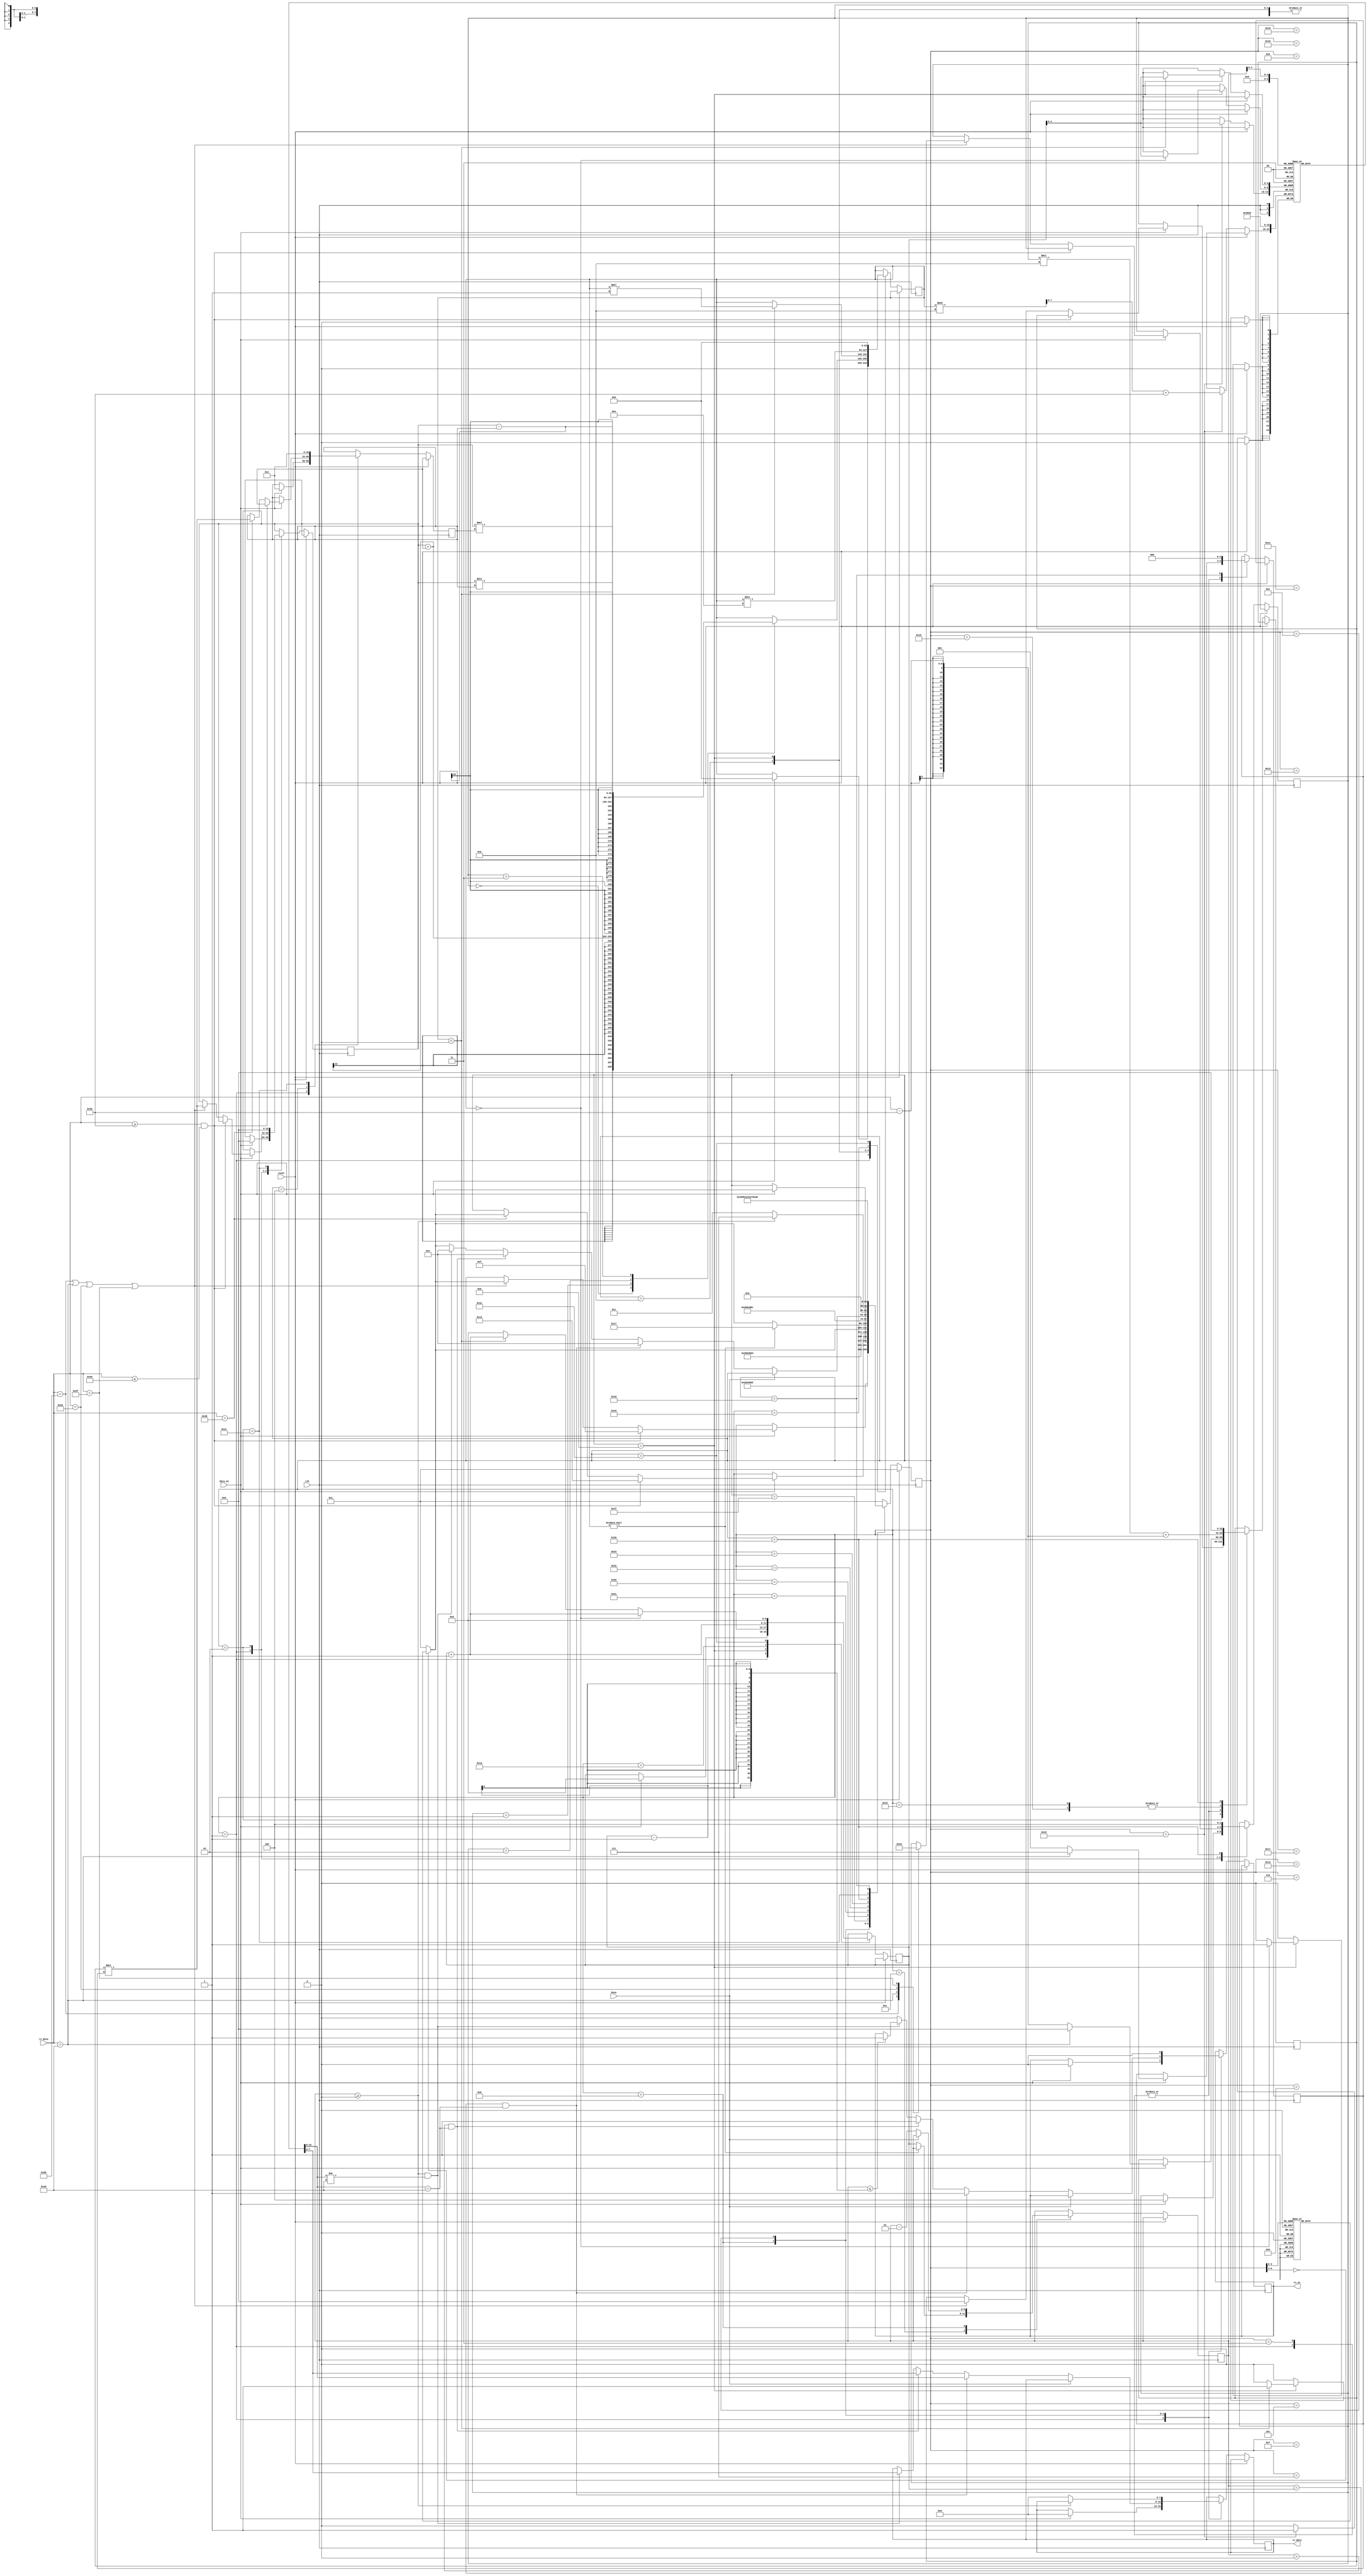
module calculator(
	input wire clk,
	input wire reset,
	input data_en,
	input busy,
	input wire[7:0] rx_data,//
	output reg[7:0] tx_data,//
	output reg tx_en//
);

reg signed[32:0]operator1,operator2;//
reg [2:0]operation;//00-01-10-11-
reg signed[63:0]result;
reg signed[32:0] temp_operator;//
reg signed [2:0] sign;//

reg [7:0] ascii_buffer[0:21];//ASCII
reg [5:0] buffer_len;//
reg signed [5:0] send_index;//
reg [3:0] i;


localparam CHECK_SIGN1 = 1,READ_OP1 = 2,CHECK_SIGN2 = 3,READ_OP2 = 4,
			  EMPTY1 = 5,EMPTY2 = 6,EMPTY3 = 7,EMPTY4 = 8,EMPTY5 = 9,
			  CALC = 10,CONVERT_RESULT1 = 11,CONVERT_RESULT2 = 12,
			  SEND_RESULT = 13,SEND_RESULT_WAIT = 14,
			  WAIT1 = 15,WAIT2 = 16,WAIT3 = 17,WAIT4 = 18,
			  WAIT5 = 19,WAIT6 = 20,WAIT7 = 21,WAIT8 = 22,
			  WAIT9 = 23,WAIT10 = 24,WAIT11 = 25,WAIT12 = 26,
			  WAIT13 = 27,WAIT14 = 28,WAIT15 = 29,WAIT16 = 30,
			  EMPTY6 = 31,EMPTY7 = 32,EMPTY8 = 33,EMPTY9 = 34,EMPTY10 = 35;
reg [6:0]state,next_state;//
initial begin
	i = 0;
	buffer_len = 0;
	send_index = 0;
	for (i = 0; i < 11; i = i + 1) begin
		ascii_buffer[i] = 0;
		ascii_buffer[i+10] = 0;
   end
	result = 0;
	sign = 0;
	
end

always @(*) begin
	case(state)
		CHECK_SIGN1:next_state <= READ_OP1;
		READ_OP1:next_state <= CHECK_SIGN2;
		CHECK_SIGN2:next_state <= READ_OP2;
		READ_OP2:next_state <= EMPTY1;
		EMPTY1:next_state <= EMPTY2;
		EMPTY2:next_state <= EMPTY3;
		EMPTY3:next_state <= EMPTY4;
		EMPTY4:next_state <= EMPTY5;
		EMPTY5:next_state <= CALC;
		CALC:next_state <= CONVERT_RESULT1;
		CONVERT_RESULT1:next_state <= CONVERT_RESULT2;
		CONVERT_RESULT2:next_state <= SEND_RESULT;
		SEND_RESULT:next_state <= SEND_RESULT_WAIT;
		default:next_state <= CHECK_SIGN1;//
	endcase
end
wire signed [63:0] r_add;
wire signed [63:0] r_min;
wire signed [63:0] r_mul;
wire signed [63:0] r_div;
wire signed [32:0] temp_mul_add;
wire signed [32:0] signed_temp;
wire signed [63:0] result_end;

assign r_add = operator1 + operator2;
assign r_min = operator1 - operator2;
assign r_mul = operator1 * operator2;
assign r_div = operator1 / operator2;
assign temp_mul_add  = (temp_operator * 10) + (rx_data - 8'h30);
assign signed_temp = temp_operator * sign;
assign result_end = (result % 10) + 8'h30;

always @(posedge clk)begin
	if (reset) begin
		state <= CHECK_SIGN1;//
		
	end else begin
		case(state)
			CHECK_SIGN1:begin//1
				if (data_en) begin
					if(rx_data == 8'h2D)begin
						sign <= -1;
						temp_operator <= 0;
					end 
					else begin
						sign <= 1;
						temp_operator <= rx_data - 8'h30;
					end
					state <= next_state;
					tx_data <= 0;
					tx_en <= 0;
					operator1 <= 0;
					operator2 <= 1;
					operation <= 4;
					result <= 0;
					i <= 0;
					buffer_len <= 0;
				end
			end
			READ_OP1:begin//2
				if(data_en) begin
					if(rx_data >= 8'h30 && rx_data <= 8'h39)begin
						state <= WAIT1;
					end else if(rx_data == 8'h2B || rx_data == 8'h2D || rx_data == 8'h2A || rx_data == 8'h2F)begin
						operator1 <= signed_temp;//
						case(rx_data)
							8'h2B:operation <= 2'b00;
							8'h2D:operation <= 2'b01;
							8'h2A:operation <= 2'b10;
							8'h2F:operation <= 2'b11;
						endcase//
						temp_operator <= 0;//
						state <= next_state;
					end
				end
			end
			WAIT1:begin//15
				state <= WAIT2;
			end
			WAIT2:begin//16
				temp_operator <= temp_mul_add;
				state <= WAIT3;
			end
			WAIT3:begin//17
				state <= WAIT4;
			end
			WAIT4:begin//18
				state <= READ_OP1;
			end
			CHECK_SIGN2:begin//3
				if(data_en) begin
					if(rx_data == 8'h2D)begin
						sign <= -1;
						temp_operator <= 0;
					end 
					else begin
						sign <= 1;
						temp_operator <= rx_data - 8'h30;
					end
					state <= next_state;
				end
			end
			READ_OP2:begin//4
				if(data_en) begin
					if(rx_data >= 8'h30 && rx_data <= 8'h39)begin
						state <= WAIT5;
					end else if(rx_data == 8'h3D) begin
						operator2 <= signed_temp;//
						state <= next_state;
					end
				end
			end
			WAIT5:begin//19
				state <= WAIT6;
			end
			WAIT6:begin//20
				temp_operator <= temp_mul_add;
				state <= WAIT7;
			end
			WAIT7:begin//21
				state <= WAIT8;
			end
			WAIT8:begin//22
				state <= READ_OP2;
			end
			
			
			EMPTY1:begin//5
				state <= next_state;
			end
			EMPTY2:begin//6
				state <= next_state;
			end
			EMPTY3:begin//7
				state <= next_state;
			end
			EMPTY4:begin//8
				state <= next_state;
			end
			EMPTY5:begin//9
				state <= next_state;
			end
			CALC:begin//10
					case(operation)
						2'b00:result <= r_add;
						2'b01:result <= r_min;
						2'b10:result <= r_mul;
						2'b11:result <= r_div;
					endcase
					state <= next_state;
			end
			CONVERT_RESULT1:begin//11
					buffer_len <= 0;
					if(result < 0) begin
						ascii_buffer[buffer_len] <= 8'h2D;
						result <= result * (-1);
						buffer_len <= buffer_len + 1;
					end//
					if (result == 0) begin
						ascii_buffer[buffer_len] <= 8'h30;
						buffer_len <= buffer_len + 1;
					end
					state <= next_state;
			end	
			CONVERT_RESULT2:begin//12
					if(result != 0) begin
							state <= WAIT9;
					end
					else begin
							state <= next_state;
							send_index <= buffer_len;
					end
			end
			WAIT9:begin//23
				state <= WAIT10;
			end
			WAIT10:begin//24
				ascii_buffer[buffer_len] <= result_end;
				state <= WAIT11;
			end
			WAIT11:begin//25
				result <= result / 10;
				state <= WAIT12;
			end
			WAIT12:begin//26
				buffer_len <= buffer_len + 1;
				state <= CONVERT_RESULT2;
			end
			SEND_RESULT: begin//13
				if (!busy) begin
					// 
					if (send_index == buffer_len  && ascii_buffer[0] == 8'h2D) begin
						tx_data <= ascii_buffer[0];  // 
						tx_en <= 1;
						send_index <= send_index - 1;  // 
						state <= SEND_RESULT_WAIT;
					end else if (send_index > 0 && ascii_buffer[0] == 8'h2D) begin
            // 
							tx_data <= ascii_buffer[send_index];
							tx_en <= 1;
							send_index <= send_index - 1;  // 
							state <= SEND_RESULT_WAIT;
					end else if(send_index >= 0 && ascii_buffer[0] != 8'h2D) begin
					//
							send_index <= send_index - 1;  // 
							tx_data <= ascii_buffer[send_index];
							if(send_index <= buffer_len - 1)begin
								tx_en <= 1;
							end
							state <= SEND_RESULT_WAIT;
					end
					else begin
						tx_en <= 0;  // 
						state <= next_state; // 
						send_index <= send_index -1;
					end
				end
			end
			SEND_RESULT_WAIT:begin//14
				tx_en <= 0;
				if (send_index >= 0) begin
					state <= EMPTY6;
				end else begin
					state <= WAIT13;
					tx_data <= 0;
					tx_en <= 0;
					
				end
			end
			EMPTY6:begin
				state <= EMPTY7;
			end
			EMPTY7:begin
				state <= EMPTY8;
			end
			EMPTY8:begin
				state <= EMPTY9;
			end
			EMPTY9:begin
				state <= EMPTY10;
			end
			EMPTY10:begin
				state <= SEND_RESULT;
			end
			
			WAIT13:begin//27
				state <= WAIT14;
				operation <= 4;
				temp_operator <= 0;
			end
			WAIT14:begin//28
				state <= WAIT15;
				operator1 <= 0;
				operator2 <= 1;
				
				
			end
			WAIT15:begin//29
				state <= WAIT16;
				sign <= 0;
				i <= 0;
			end
			WAIT16:begin//30
				state <= CHECK_SIGN1;
				result <= 0;
				buffer_len <= 0;
			end
			default:state <= CHECK_SIGN1;
		endcase
	end
end

endmodule